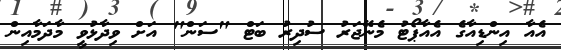
އެއާ އިންޑިއާގެ އެއާޕޯޓު މެނޭޖަރު ސުދިރު ބަޓް "ސަން" އަށް ވިދާޅުވީ މާދަމާއިން